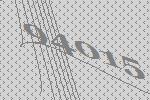
94015